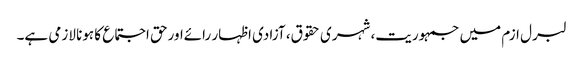
لبرل ازم میں جمہوریت، شہری حقوق، آزادی اظہار رائےاورحق اجتماع کا ہونا لازمی ہے۔